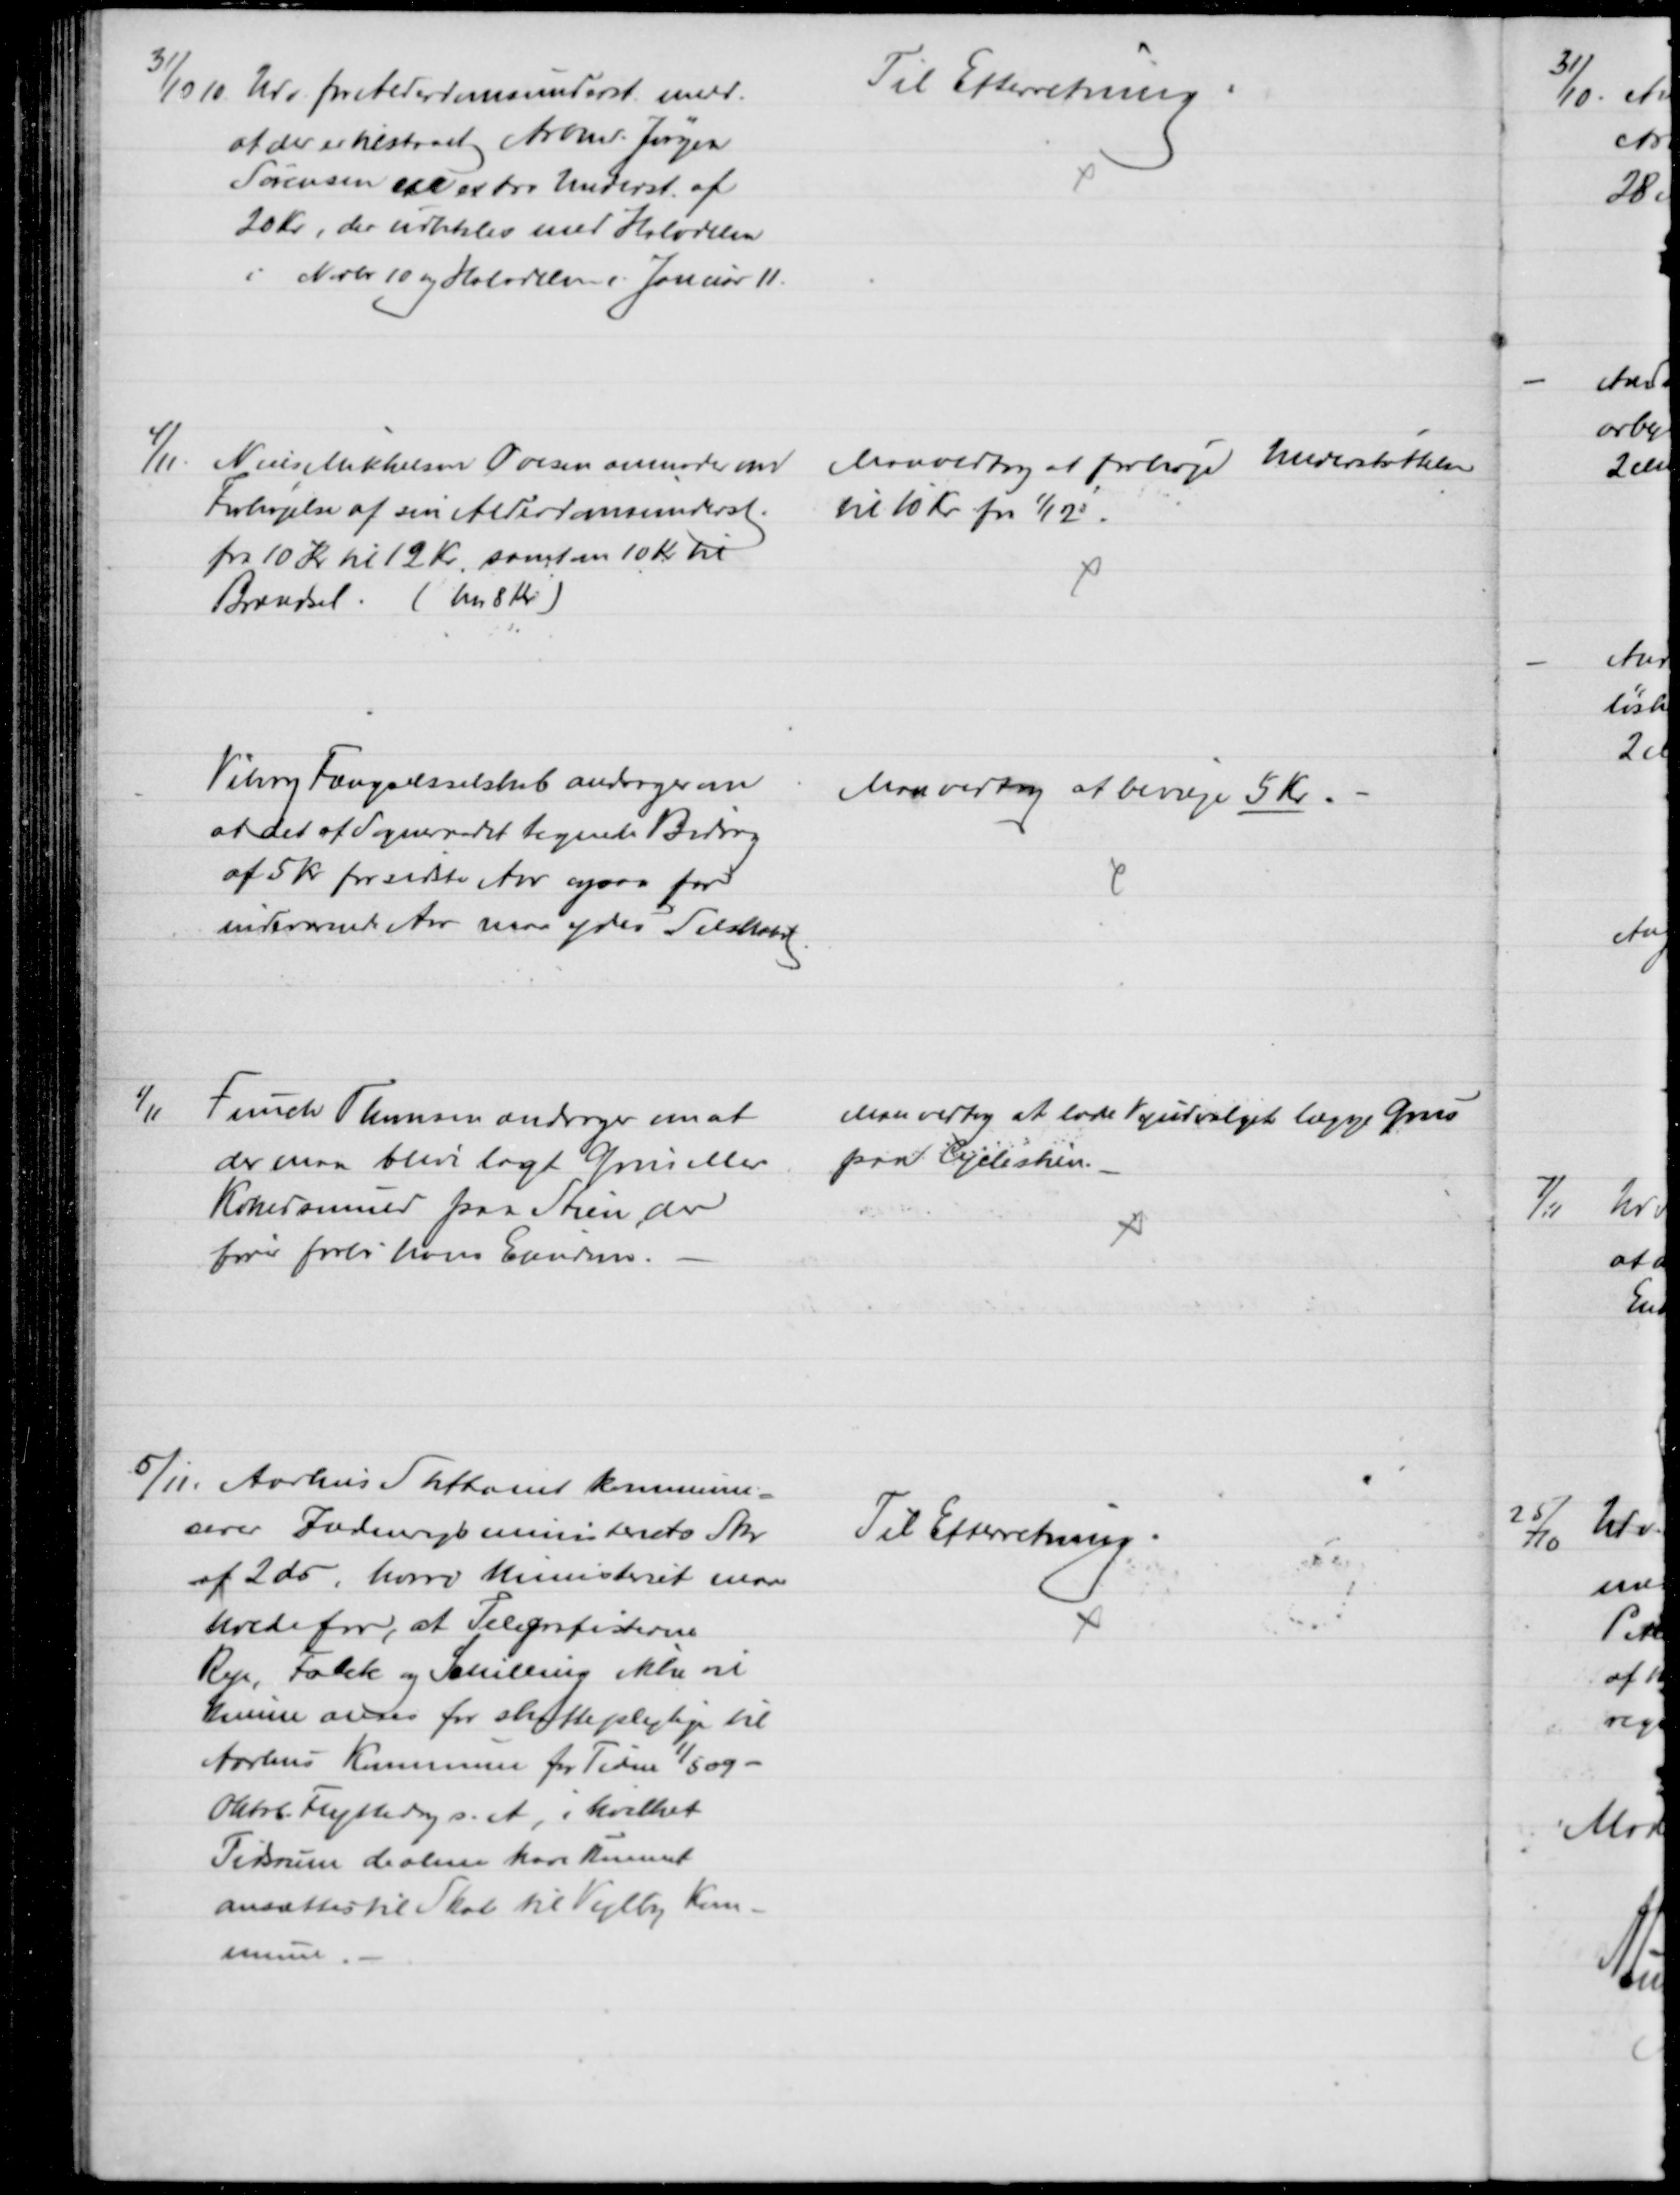
Transskription:
31/10. Udv. for Alderdomsunderst. medd.
at der er tilstaaet Arbmd. Jørgen
Sørensen en extra Underst. af
20 Kr., der udbetales med Halvdelen
i Novbr 10 og Halvdelen i Januar 11.
Til Efterretning
4/11. Niels Mikkelsen Ovesen anmoder om
Forhøjelse af sin Alderdomsunderst.
fra 10 Kr til 12 Kr. samt om 10 Kr til
Brændsel. (har 8 Kr.)
Man vedtog at forhøje Understøttelsen
til 10 Kr fra 1/12.
Viborg Fængselsselskab andrager om
at det af Sogneraadet tegnede Bidrag
af 5 Kr for sidste Aar ogsaa for
indeværende Aar maa ydes Selskabet.
Man vedtog at bevilge 5 Kr.
1/11
Funch Thomsen andrager om at
der maa blive lagt Grus eller
Kokessmuld paa Stien der
fører forbi hans Ejendom.
Man vedtog at lade Vejudvalget lægge Grus 
paa Cyclestien.
5/11. Aarhus Stiftamt kommuni-
serer Indenrigsministeriets Skr.
af 2 ds, hvori Ministeriet maa
, at Telegrafisterne
Rye, Falck og Schilling ikke vil
kunne anses for skattepligtige til
Aarhus Kommune for Tiden 1/5 09 -
Oktbr Flyttedag s.A, i hvilket
Tidsrum de alene have kunnet
ansættes til Skat til Vejlby Kom-
mune
Til Efterretning